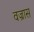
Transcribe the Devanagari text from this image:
वज्रास